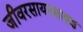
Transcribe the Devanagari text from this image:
जीवरसायनशास्त्रज्ञ